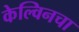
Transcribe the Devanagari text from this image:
केल्विनचा